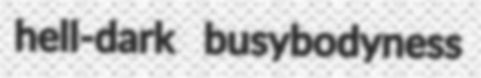
hell-dark busybodyness